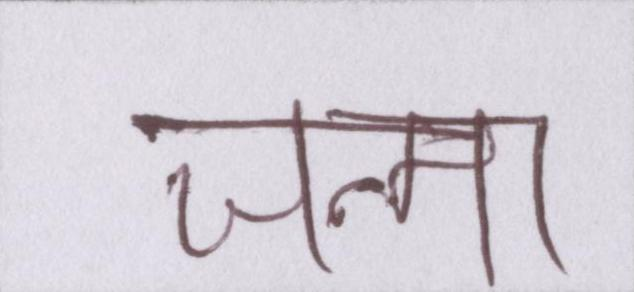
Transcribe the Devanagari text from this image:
जन्मा